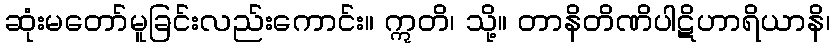
ဆုံးမတော်မူခြင်းလည်းကောင်း။ ဣတိ၊ သို့။ တာနိတိဏိပါဋိဟာရိယာနိ၊